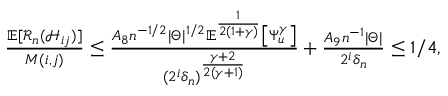
\begin{array} { r } { \frac { \mathbb { E } [ \mathcal { R } _ { n } ( \mathcal { H } _ { i j } ) ] } { M ( i , j ) } \leq \frac { A _ { 8 } n ^ { - 1 / 2 } | \Theta | ^ { 1 / 2 } \mathbb { E } ^ { \frac { 1 } { 2 ( 1 + \gamma ) } } \big [ \Psi _ { u } ^ { \gamma } \big ] } { ( 2 ^ { i } \delta _ { n } ) ^ { \frac { \gamma + 2 } { 2 ( \gamma + 1 ) } } } + \frac { A _ { 9 } n ^ { - 1 } | \Theta | } { 2 ^ { i } \delta _ { n } } \leq 1 / 4 , } \end{array}